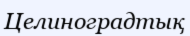
Целиноградтық